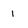
Character: 1